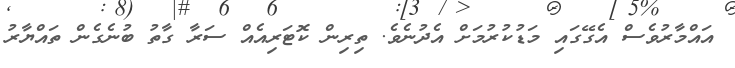
އައްމާރުވެސް އެގޭގައި މަޑުކުރުމަށް އެދުނެވެ. ތިރިން ކޮޓަރިއެއް ސަރާ ގާތު ބުނެގެން ތައްޔާރު